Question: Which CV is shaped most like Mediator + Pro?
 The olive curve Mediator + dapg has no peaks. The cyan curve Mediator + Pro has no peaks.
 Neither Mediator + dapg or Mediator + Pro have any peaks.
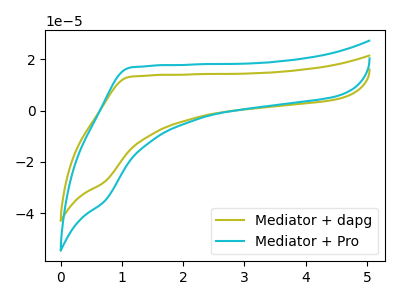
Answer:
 <answer>The CV with the most similar shape to "Mediator + dapg" is "Mediator + Pro".</answer>
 <eval>"Mediator + Pro"</eval>